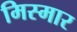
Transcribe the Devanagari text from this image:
मिस्मार